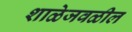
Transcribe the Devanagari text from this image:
शाळेजवळील